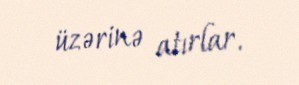
üzərinə atırlar.